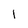
Character: 1